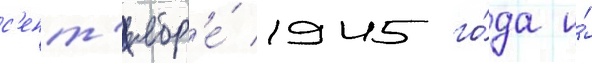
с'ент'ябр'е́ 1945 го́да и́